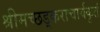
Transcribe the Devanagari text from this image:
श्रीमच्छड़्कराचार्यकृतं